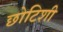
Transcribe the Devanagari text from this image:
छोटिशी